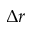
\Delta r